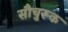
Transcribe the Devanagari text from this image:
सौचुरूक